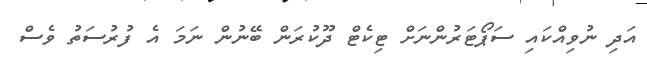
އަދި ނުވިއްކައި ސަޕޯޓަރުންނަށް ޓިކެޓް ދޫކުރަން ބޭނުން ނަމަ އެ ފުރުސަތު ވެސް